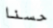
حسنا